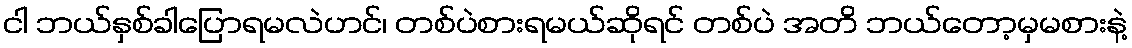
ငါ ဘယ်နှစ်ခါပြောရမလဲဟင်၊ တစ်ပဲစားရမယ်ဆိုရင် တစ်ပဲ အတိ ဘယ်တော့မှမစားနဲ့